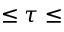
\leq \tau \leq